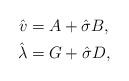
LaTeX: \begin{align*} \hat{v}&=A+\hat{\sigma}B,\\ \hat{\lambda}&=G+\hat{\sigma}D,\end{align*}